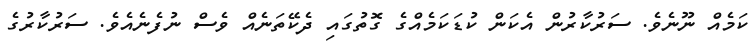
ކަމެއް ނޫނެވެ. ސަރުކާރުން އެކަން ކުޑަކަމެއްގެ ގޮތުގައި ދެކޭތަނެއް ވެސް ނުފެނެއެވެ. ސަރުކާރުގެ